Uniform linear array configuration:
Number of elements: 64
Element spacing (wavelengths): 0.5
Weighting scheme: binomial
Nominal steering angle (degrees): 60
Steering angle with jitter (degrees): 58.129
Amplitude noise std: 0.05
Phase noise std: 0.05

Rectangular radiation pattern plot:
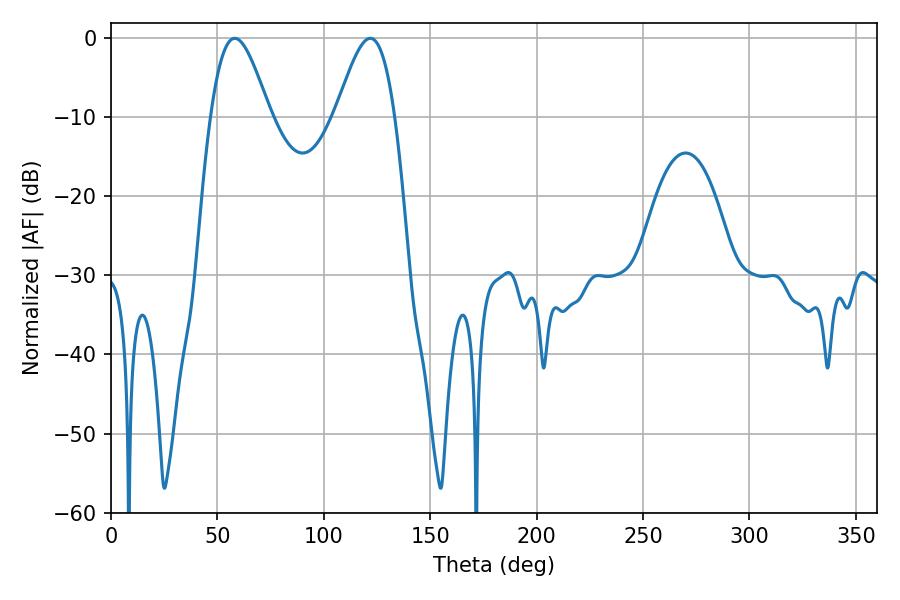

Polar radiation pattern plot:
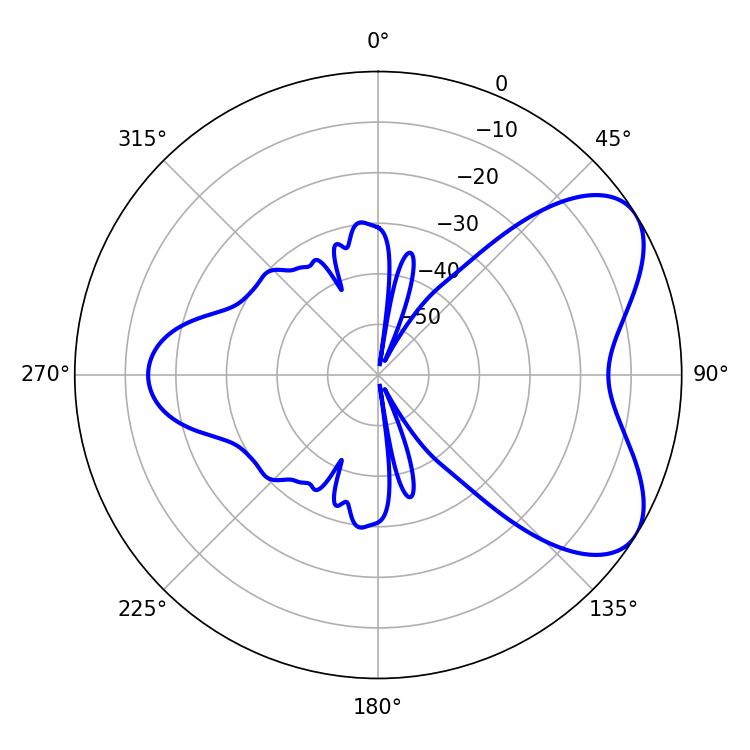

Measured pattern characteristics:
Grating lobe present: FALSE
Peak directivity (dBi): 6.086
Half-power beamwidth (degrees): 14.76
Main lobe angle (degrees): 58.14